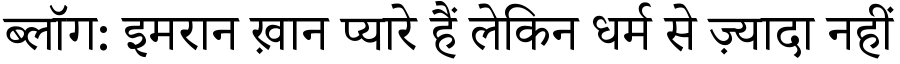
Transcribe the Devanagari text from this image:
ब्लॉग: इमरान ख़ान प्यारे हैं लेकिन धर्म से ज़्यादा नहीं